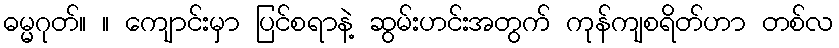
ဓမ္မဂုတ်။ ။ ကျောင်းမှာ ပြင်စရာနဲ့ ဆွမ်းဟင်းအတွက် ကုန်ကျစရိတ်ဟာ တစ်လ